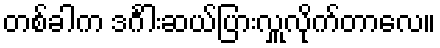
တစ်ခါက ဒင်္ဂါးဆယ်ပြားလှူလိုက်တာလေ။